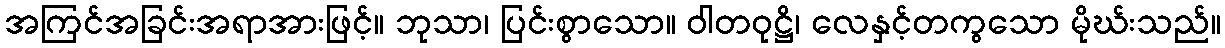
အကြင်အခြင်းအရာအားဖြင့်။ ဘုသာ၊ ပြင်းစွာသော။ ဝါတဝုဋ္ဌိ၊ လေနှင့်တကွသော မိုဃ်းသည်။